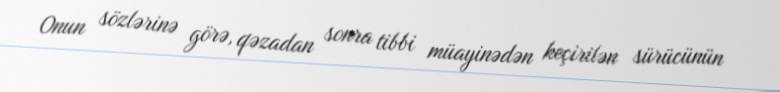
Onun sözlərinə görə, qəzadan sonra tibbi müayinədən keçirilən sürücünün